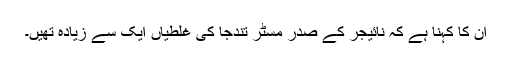
ان کا کہنا ہے کہ نائیجر کے صدر مسٹر تندجا کی غلطیاں ایک سے زیادہ تھیں۔